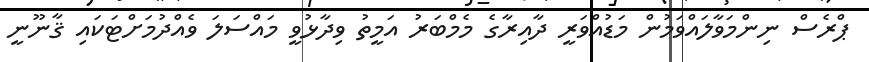
ޕްރެސް ނިންމަވާލައްވަމުން މަޑުއްވަރީ ދާއިރާގެ މެމްބަރު އަމީތު ވިދާޅުވީ މައްސަލަ ވެއްދުމަށްޓަކައި ޤާނޫނީ